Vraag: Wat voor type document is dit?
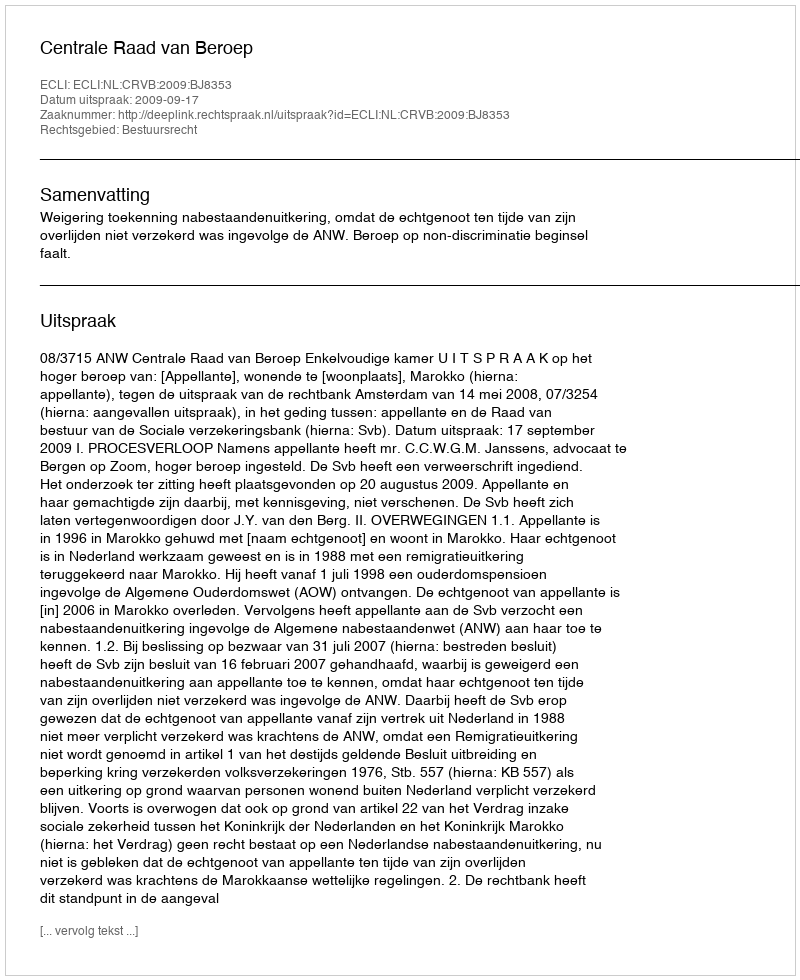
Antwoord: Uitspraak